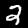
Label: 2